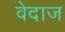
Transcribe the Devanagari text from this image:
वेदाज